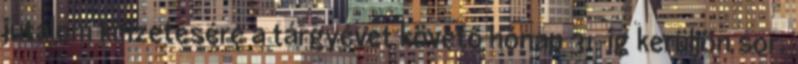
jutalom kifizetésére a tárgyévet követő hónap 31-ig kerüljön sor.